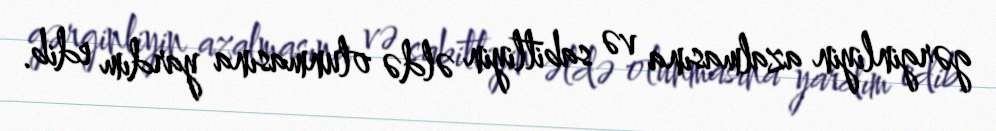
gərginliyin azalmasına və sabitliyin əldə olunmasına yardım edib.